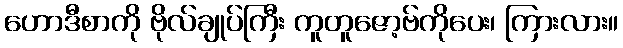
ဟောဒီစာကို ဗိုလ်ချုပ်ကြီး ကူတူဇော့ဗ်ကိုပေး၊ ကြားလား။